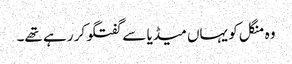
وہ منگل کو یہاں میڈیا سے گفتگو کر رہے تھے۔